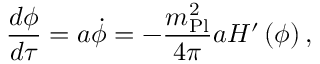
{ \frac { d \phi } { d \tau } } = a \dot { \phi } = - { \frac { m _ { \mathrm { P l } } ^ { 2 } } { 4 \pi } } a H ^ { \prime } \left( \phi \right) ,